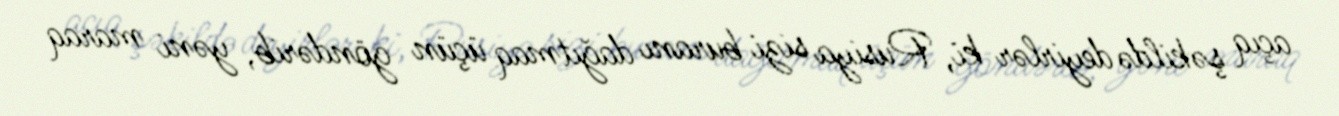
açıq şəkildə deyirlər ki, Rusiya sizi buranı dağıtmaq üçün göndərib, yəni maraq